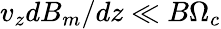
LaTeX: v_{z}dB_{m}/dz\ll B\Omega_{c}